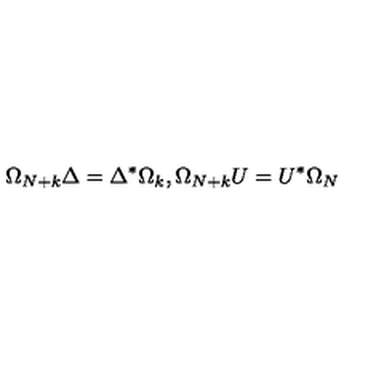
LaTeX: \Omega _ { N + k } \Delta = \Delta ^ { * } \Omega _ { k } , \Omega _ { N + k } U = U ^ { * } \Omega _ { N }